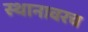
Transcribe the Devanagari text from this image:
स्थानावरच